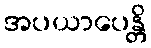
အပယာပေန္တိ